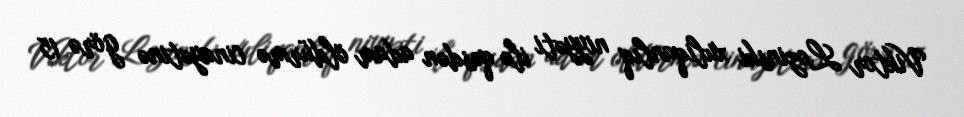
Viktor Lozinski xuliqanlıq niyyəti ilə qəsdən adam öldürmə cinayətinə görə 15